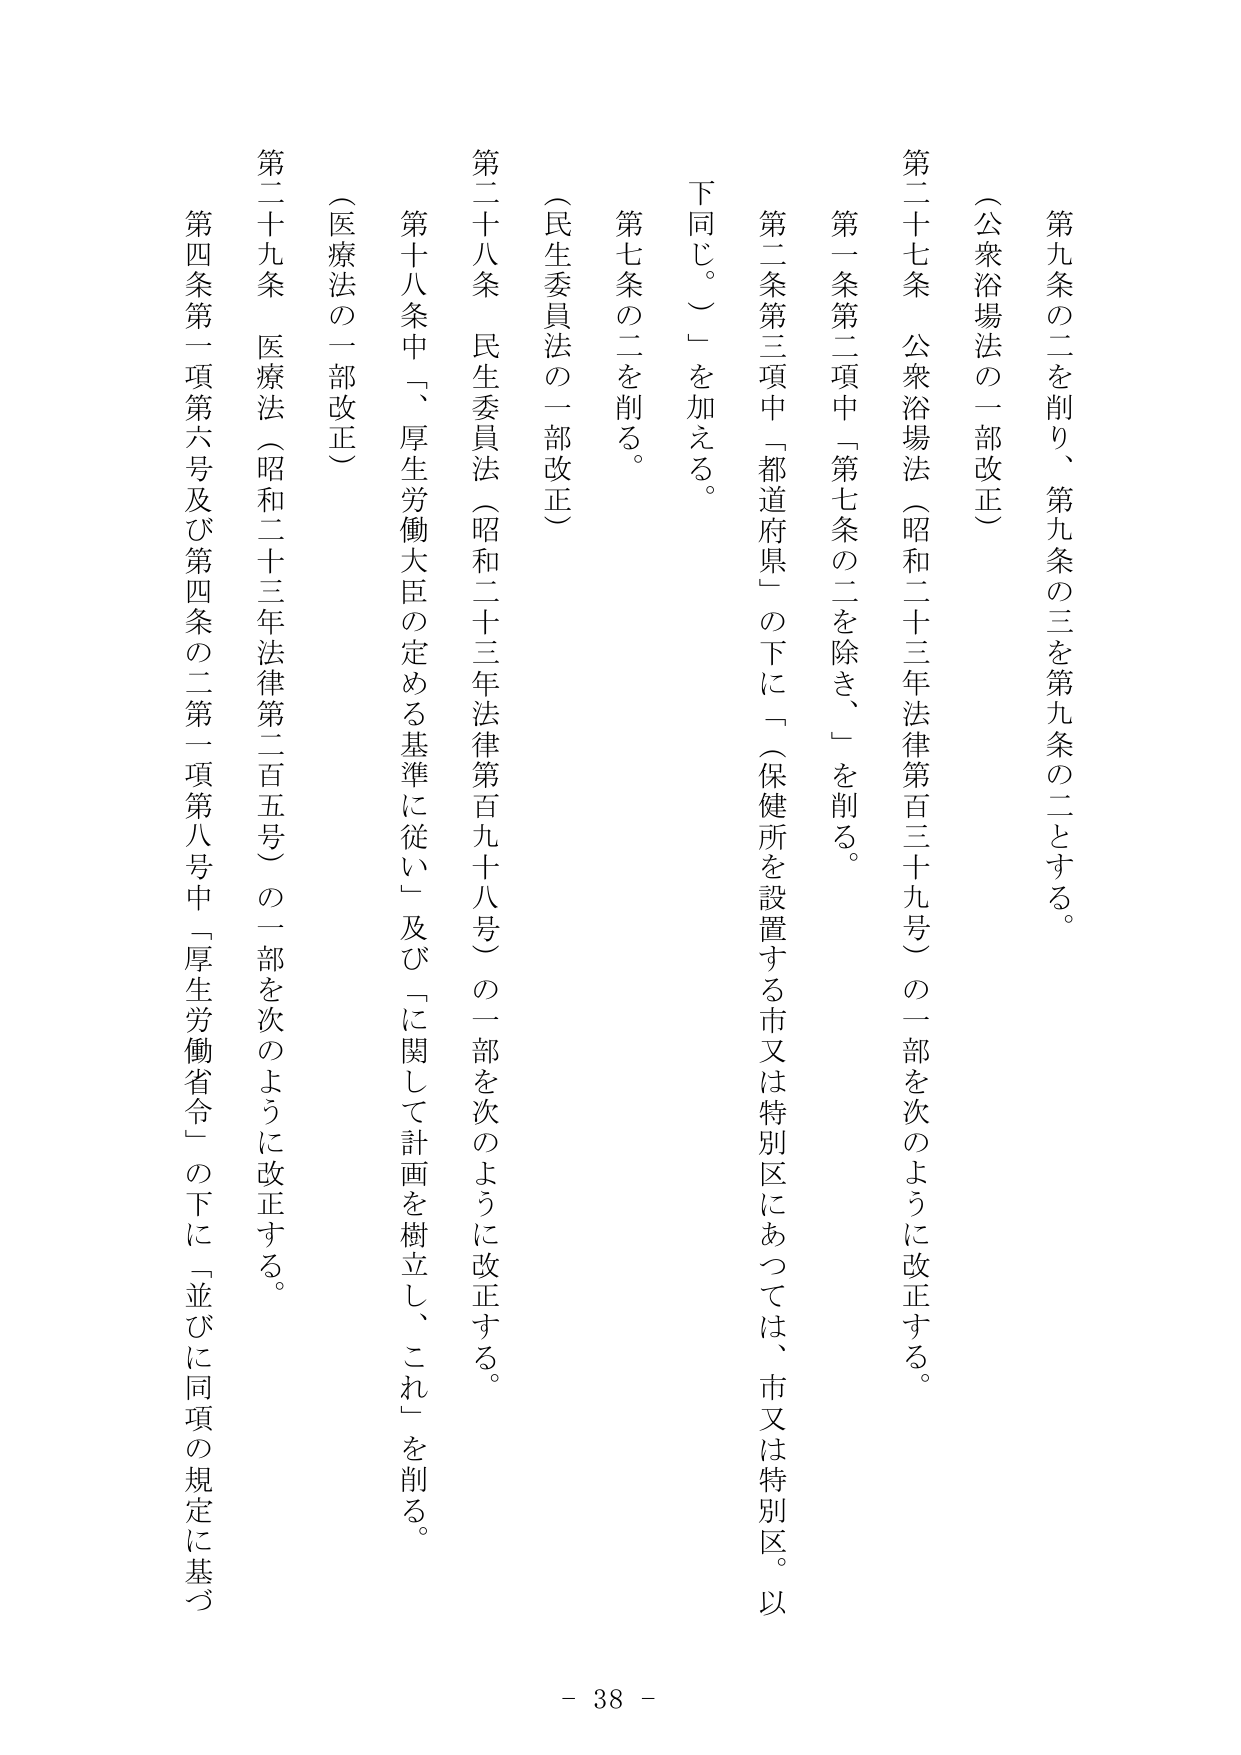
第九条の二を削り、第九条の三を第九条の二とする。

（公衆浴場法の一部改正）

第二十七条　公衆浴場法（昭和二十三年法律第百三十九号）の一部を次のように改正する。

第一条第二項中「第七条の二を除き、」を削る。

第二条第三項中「都道府県」の下に「（保健所を設置する市又は特別区にあつては、市又は特別区。以下同じ。）」を加える。

第七条の二を削る。

（民生委員法の一部改正）

第二十八条　民生委員法（昭和二十三年法律第百九十八号）の一部を次のように改正する。

第十八条中「、厚生労働大臣の定める基準に従い」及び「に関して計画を樹立し、これ」を削る。

（医療法の一部改正）

第二十九条　医療法（昭和二十三年法律第二百五号）の一部を次のように改正する。

第四条第一項第六号及び第四条の二第一項第八号中「厚生労働省令」の下に「並びに同項の規定に基づ

- 38 -